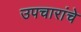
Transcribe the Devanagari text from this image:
उपचारांचे